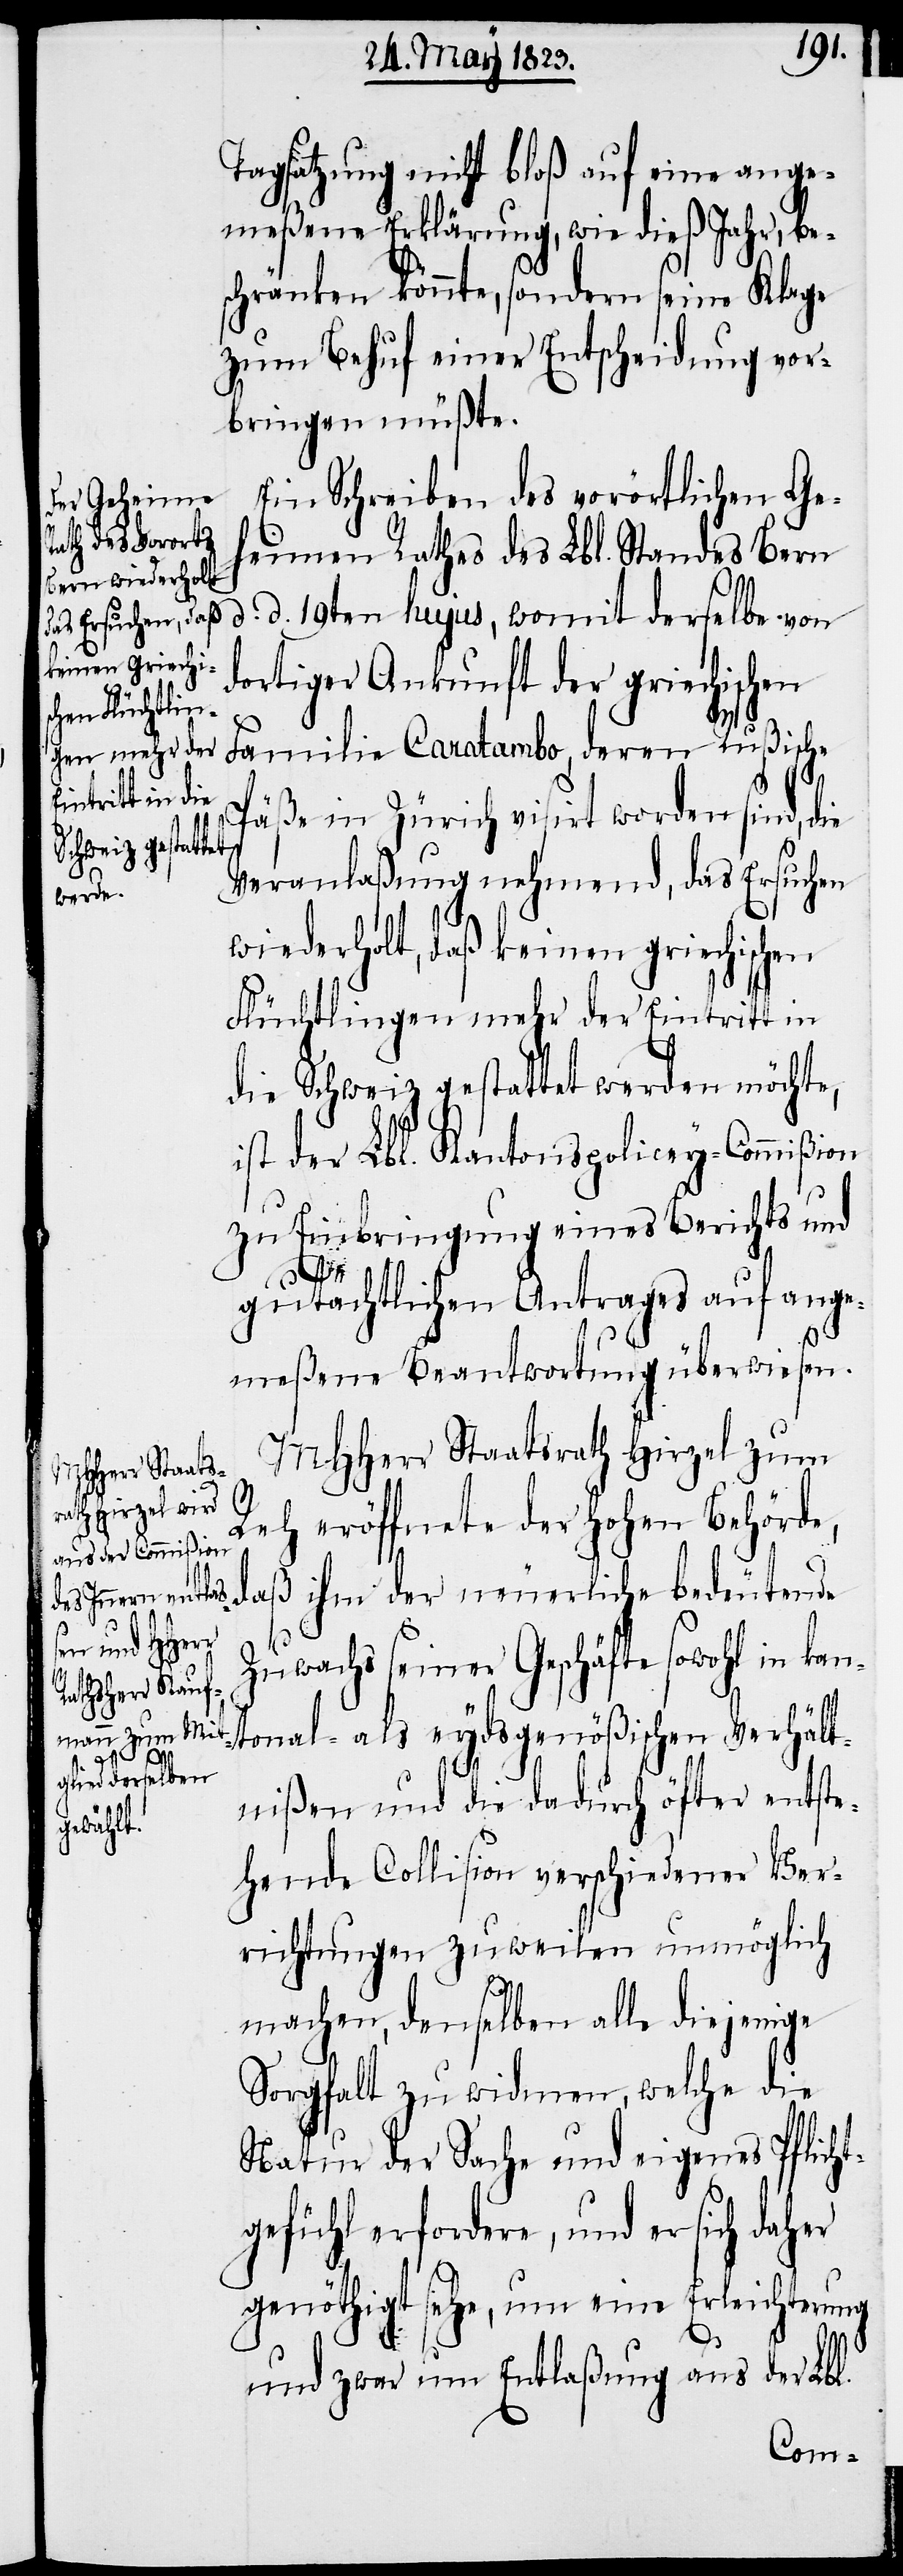
Tagsatzung nicht bloß auf eine ange¬
meßene Erklärung, wie dieß Jahr, be¬
schränken könnte, sondern seine Klage
zum Behuf einer Entscheidung vor¬
bringen müßte.
Ein Schreiben des vorörtlichen Ge¬
heimen Rathes des Lbl. Standes Bern
d. d. 19ten hujus, womit derselbe von
dortiger Ankunft der griechischen
Familie Caratambo, deren Rußische
Päße in Zürich visirt worden sind, die
Veranlaßung nehmend, das Ersuchen
wiederholt, daß keinen griechischen
Flüchtlingen mehr der Eintritt in
die Schweiz gestattet werden möchte,
ist der Lbl. Kantonspolicey-Commißion
zu Einbringung eines Berichts und
gutächtlichen Antrages auf ange¬
meßene Beantwortung überwiesen.
MHHerr Staatsrath Hirzel zum
Reh eröffnete der hohen Behörde,
daß ihm der neuerliche bedeutende
Zuwachs seiner Geschäfte sowohl in ka¬
ntonal- als eydsgenößischen Verhält¬
nißen und die dadurch öfter entste¬
hende Collision verschiedener Ver¬
richtungen zuweilen unmöglich
machen, denselben alle diejenige
Sorgfalt zu widmen, welche die
Natur der Sache und eigenes Pflicht¬
gefühl erfordere, und er sich daher
genöthigt sehe, um eine Erleichterung
und zwar um Entlaßung aus der Lbl.